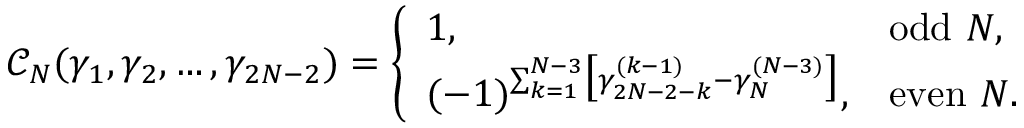
\begin{array} { r } { \mathscr C _ { N } ( \gamma _ { 1 } , \gamma _ { 2 } , \dots , \gamma _ { 2 N - 2 } ) = \left\{ \begin{array} { l l } { 1 , } & { \mathrm { o d d ~ } N , } \\ { ( - 1 ) ^ { \sum _ { k = 1 } ^ { N - 3 } \bigl [ \gamma _ { 2 N - 2 - k } ^ { ( k - 1 ) } - \gamma _ { N } ^ { ( N - 3 ) } \bigr ] } , } & { \mathrm { e v e n ~ } N . } \end{array} \right. } \end{array}